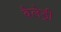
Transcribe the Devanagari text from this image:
बैलेड्री